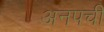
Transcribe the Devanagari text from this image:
अनपची